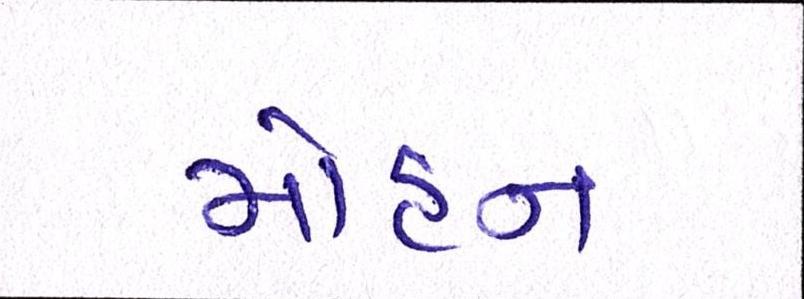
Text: મોહન